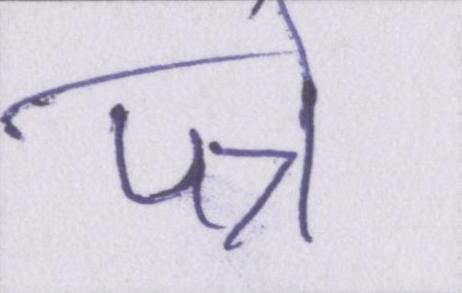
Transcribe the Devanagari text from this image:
पन्ने